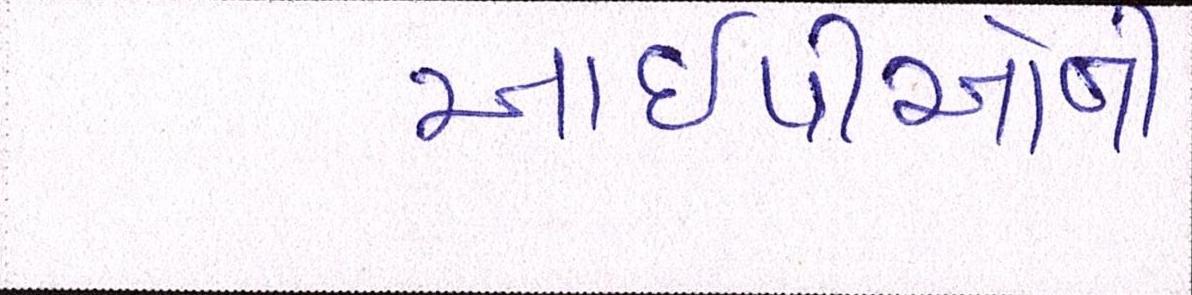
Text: આઇપીઓની